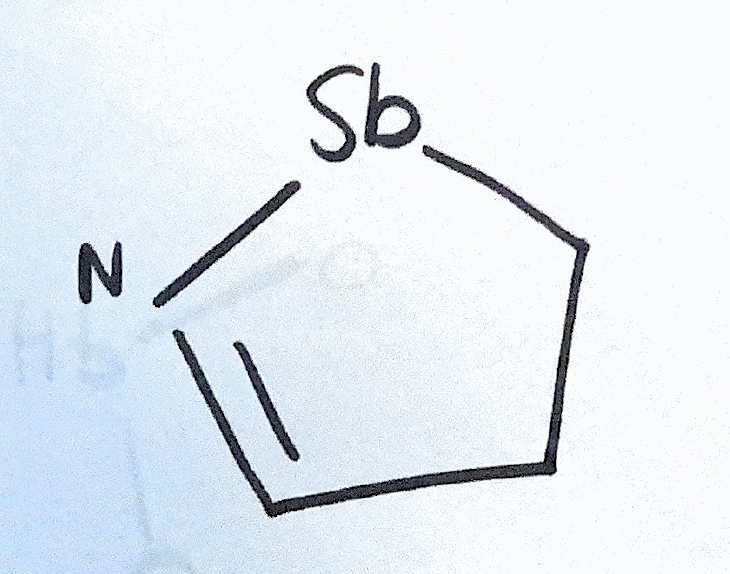
Simplified molecular-input line-entry system (SMILES) notation of the given molecule:
C1C[Sb]N=C1